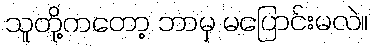
သူတို့ကတော့ ဘာမှ မပြောင်းမလဲ။